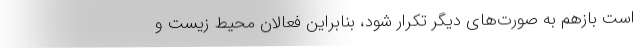
است بازهم به صورت‌های دیگر تکرار شود، بنابراین فعالان محیط زیست و